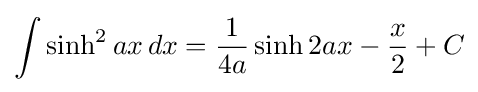
\int \sinh ^{2}ax\,dx={\frac {1}{4a}}\sinh 2ax-{\frac {x}{2}}+C